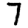
Digit: 7